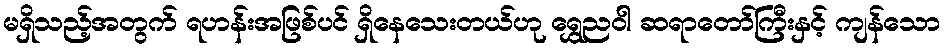
မရှိသည့်အတွက် ရဟန်းအဖြစ်ပင် ရှိနေသေးတယ်ဟု ရွှေညဝါ ဆရာတော်ကြီးနှင့် ကျန်သော